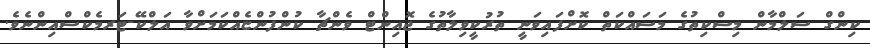
ކިންގް ސަލްމާން މިސްކިތުގެ މަސައްކަތް ކޮށްފައިވަނީ ތުރުކީވިލާތުގެ ޖޮއިންޓް ވެންޗާ ކުންފުންޏެއްކަމަށްވާ އަލްކޭ-ޓަރމެކްސްއިންނެވެ.